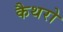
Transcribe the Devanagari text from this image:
कैथरो